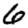
Digit: 6